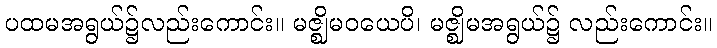
ပထမအရွယ်၌လည်းကောင်း။ မဇ္ဈိမဝယေပိ၊ မဇ္ဈိမအရွယ်၌ လည်းကောင်း။